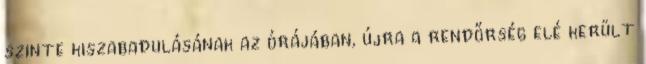
szinte kiszabadulásának az órájában, újra a rendőrség elé került